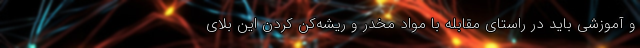
و آموزشی باید در راستای مقابله با مواد مخدر و ریشه‌کن کردن این بلای